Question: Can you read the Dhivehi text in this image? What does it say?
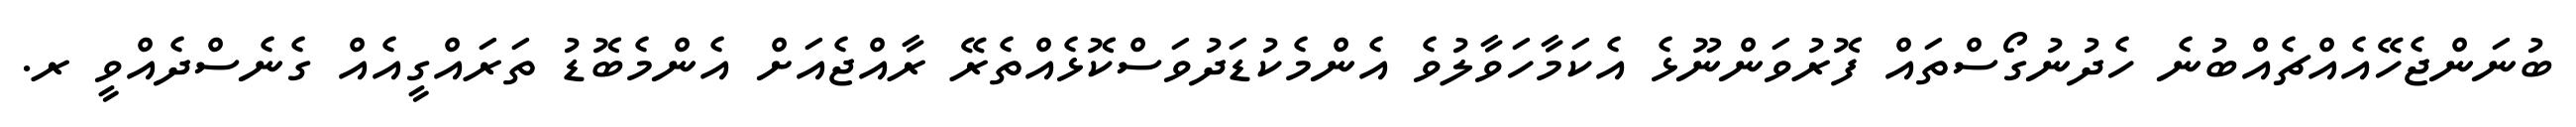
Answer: ބުނަންޖެހޭއެއްޗެއްބުނެ ހެދުނުގޯސްތައް ފޮރުވަންނޫޅެ އެކަމާހަވާލުވެ އެންމެކުޑަދުވަސްކޮޅެއްތެރޭ ރާއްޖެއަށް އެންމެބޮޑު ތަރައްގީއެއް ގެނެސްދެއްވީ ރ.